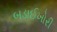
બડાઈખોરી